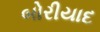
બોરીયાદ